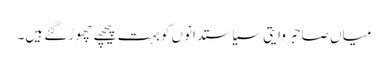
میاں صاحبروایتی سیاستدانوں کو بہت پیچھے چھوڑ گئے ہیں۔